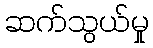
ဆက်သွယ်မှု